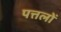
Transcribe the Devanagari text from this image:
पत्तलों